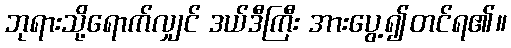
ဘုရားသို့ရောက်လျှင် ဒယ်ဒီကြီး အားပွေ့၍တင်ရ၏။